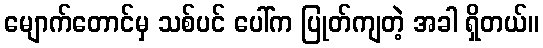
မျောက်တောင်မှ သစ်ပင် ပေါ်က ပြုတ်ကျတဲ့ အခါ ရှိတယ်။